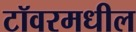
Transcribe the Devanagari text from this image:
टॉवरमधील